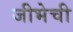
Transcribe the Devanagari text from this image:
जीभेची